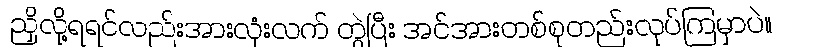
ညှိလို့ရရင်လည်းအားလုံးလက် တွဲပြီး အင်အားတစ်စုတည်းလုပ်ကြမှာပဲ။